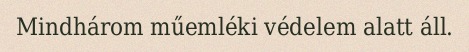
Mindhárom műemléki védelem alatt áll.